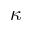
\kappa